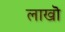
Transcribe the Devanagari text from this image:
लाखॊ